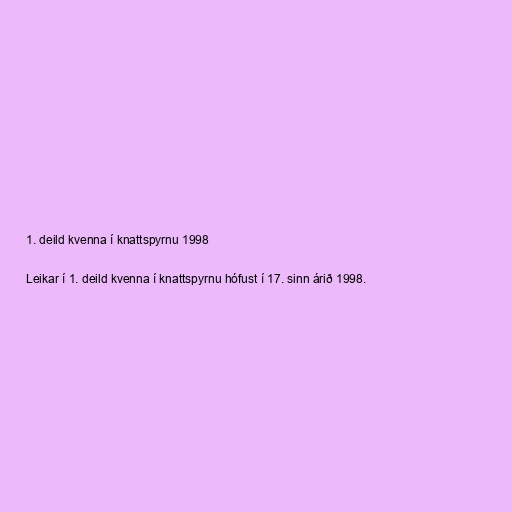
1. deild kvenna í knattspyrnu 1998

Leikar í 1. deild kvenna í knattspyrnu hófust í 17. sinn árið 1998.